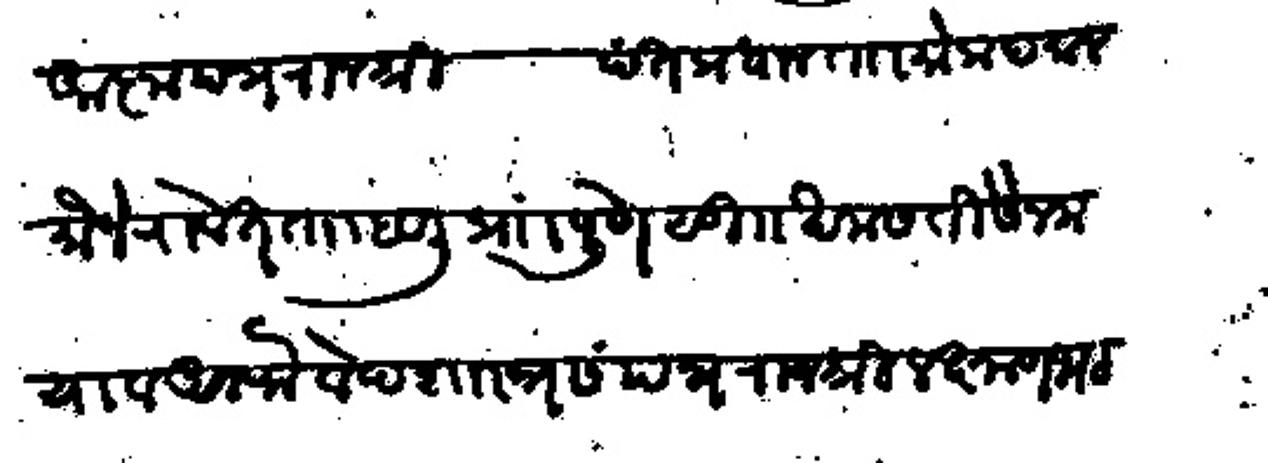
Transliteration (Devanagari): आज्ञापत्र राजश्री पंतप्रधान ता मोकदमान मौजे सवेत ता हवेली प्रांत पुणे सु खमसतीसैन मया व अलफै वेदशास्त्रसंपन्न राजश्री लक्ष्मण भट